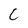
Character: C